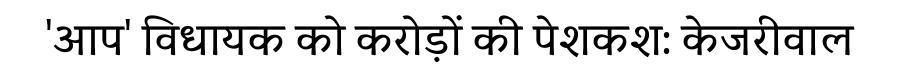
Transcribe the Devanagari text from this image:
'आप' विधायक को करोड़ों की पेशकश: केजरीवाल